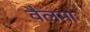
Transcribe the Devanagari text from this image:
वैलमा